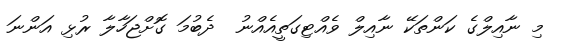
މި ނާއިލްގެ ކަންތަކޭ ނާއިލް ވެއްޓިގަތީއެއްނު  ދެބުމަ ގޮށްޖަހާލާ ރުޅި އަންނަ